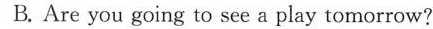
B. Are you going to see a play tomorrow?